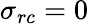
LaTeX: \sigma_{rc}=0